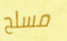
مسلح